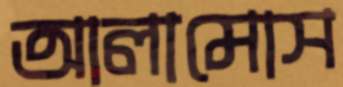
আলামোস